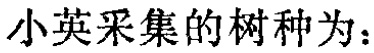
小英采集的树种为：